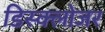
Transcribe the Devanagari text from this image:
डिस्क्लोजर